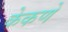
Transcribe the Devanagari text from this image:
केकणे